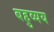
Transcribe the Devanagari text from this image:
बहुव्यय